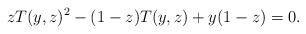
\begin{align*} zT(y, z)^2-(1-z)T(y, z)+y(1-z)=0. \end{align*}